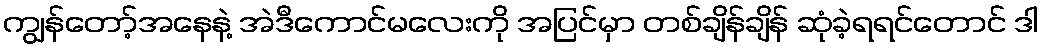
ကျွန်တော့်အနေနဲ့ အဲဒီကောင်မလေးကို အပြင်မှာ တစ်ချိန်ချိန် ဆုံခဲ့ရရင်တောင် ဒါ